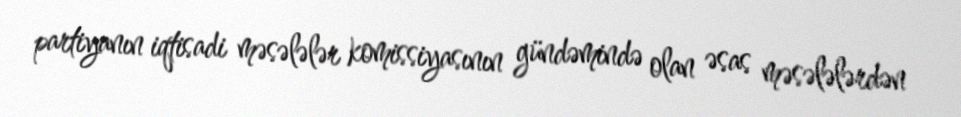
partiyanın iqtisadi məsələlər komissiyasının gündəmində olan əsas məsələlərdən